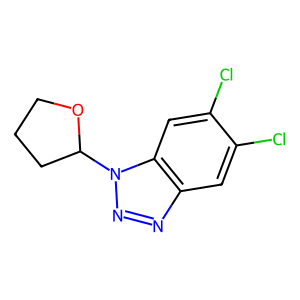
SMILES: Clc1cc2nnn(C3CCCO3)c2cc1Cl
Inhibits HIV replication: No